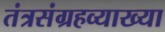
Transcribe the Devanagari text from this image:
तंत्रसंग्रहव्याख्या